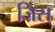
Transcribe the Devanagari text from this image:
जिस्